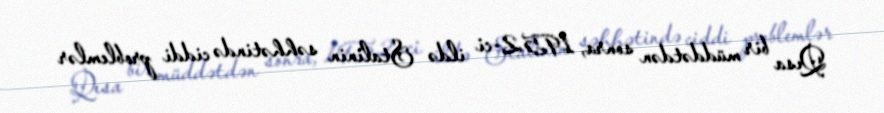
Qısa bir müddətdən sonra, 1952-ci ildə Stalinin səhhətində ciddi problemlər